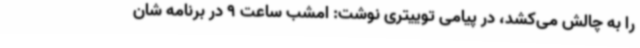
را به چالش می‌کشد، در پیامی توییتری نوشت: امشب ساعت 9 در برنامه شان